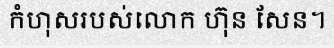
កំហុសរបស់លោក ហ៊ុន សែន។